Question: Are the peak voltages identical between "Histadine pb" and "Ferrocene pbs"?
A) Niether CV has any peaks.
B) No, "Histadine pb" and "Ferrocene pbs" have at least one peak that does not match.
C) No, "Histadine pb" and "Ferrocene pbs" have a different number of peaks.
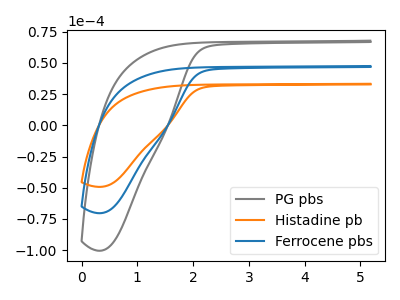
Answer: <think>The gray curve "PG pbs" has no peaks. The orange curve "Histadine pb" has no peaks. The blue curve "Ferrocene pbs" has no peaks.</think>
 <answer>A) Niether CV has any peaks.</answer>
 <eval>A</eval>